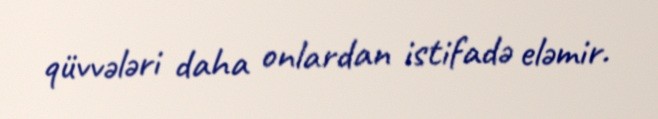
qüvvələri daha onlardan istifadə eləmir.